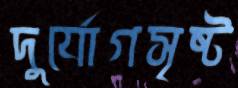
দুর্যোগসৃষ্ট